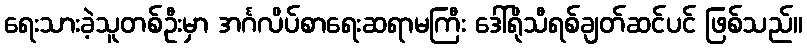
ရေးသားခဲ့သူတစ်ဦးမှာ အင်္ဂလိပ်စာရေးဆရာမကြီး ဒေါ်ရိုသီရစ်ချတ်ဆင်ပင် ဖြစ်သည်။